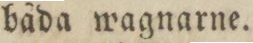
båda wagnarne.